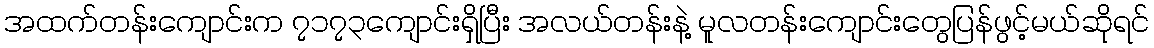
အထက်တန်းကျောင်းက ၇၁၇၃ကျောင်းရှိပြီး အလယ်တန်းနဲ့ မူလတန်းကျောင်းတွေပြန်ဖွင့်မယ်ဆိုရင်